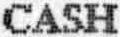
CASH